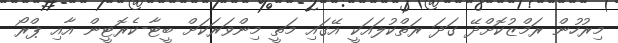
މިރުހުން ރަމްޒުކޮށްދޭ ގަދަ ރަތްކުލައަކީ އޭގައި މަތީ މިންވަރަކަށް ބީޓާ-ކެރޮޓީން އާއި ޕްރޯ